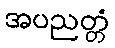
အပညတ္တံ